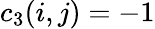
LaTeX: c_{3}(i,j)=-1